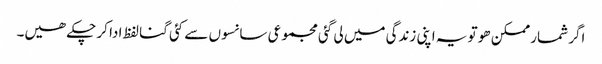
اگر شمار ممکن ھو تو یہ اپنی زندگی میں لی گئی مجموعی سانسوں سے کئی گنا لفظ ادا کر چکے ھیں۔